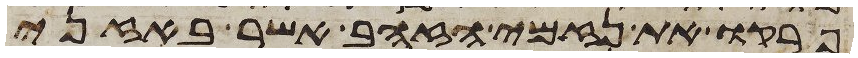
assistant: פרקו את נזמי הזהב אשר באזני